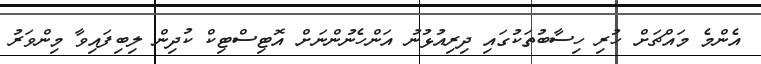
އެންމެ މައްޗަށް ހުރި ހިސާބުތަކުގައި ދިރިއުޅުނު އަންހެނުންނަށް އޮޓިސްޓިކް ކުދިން ލިބިފައިވާ މިންވަރު